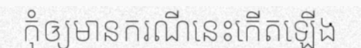
កុំឲ្យមានករណីនេះកើតឡើង